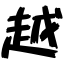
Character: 越